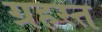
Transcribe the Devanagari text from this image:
ग्रहस्त